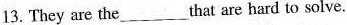
13. They are the ___ that are hard to solve.